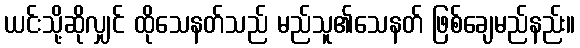
ယင်းသို့ဆိုလျှင် ထိုသေနတ်သည် မည်သူ၏သေနတ် ဖြစ်ချေမည်နည်း။